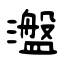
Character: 瀊